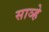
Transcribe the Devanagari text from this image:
साञ्हे